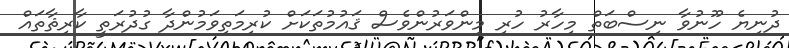
ދުނިޔެ ހޫނުވާ ނިސްބަތް މިހާރު ހުރި މިންވަރުންވެސް ޤައުމުތަކަށް ކުރިމަތިވަމުންދާ ގުދުރަތީ ކާރިޘާތައް